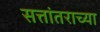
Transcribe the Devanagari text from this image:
सत्तांतराच्या